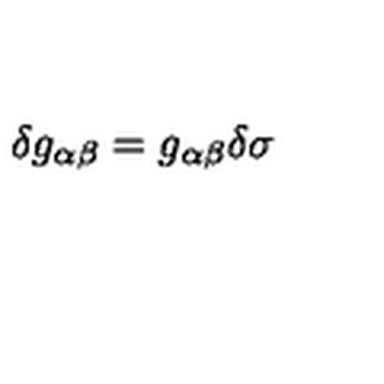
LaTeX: \delta g _ { \alpha \beta } = g _ { \alpha \beta } \delta \sigma